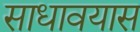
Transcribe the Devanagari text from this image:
साधावयास